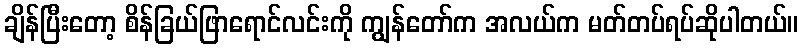
ချိန်ပြီးတော့ စိန်ခြယ်ဖြာရောင်လင်းကို ကျွန်တော်က အလယ်က မတ်တပ်ရပ်ဆိုပါတယ်။